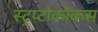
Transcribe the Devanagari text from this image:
स्ट्रप्टोकोकस